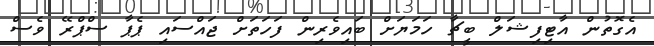
އެގޮތުން އާޓިފިޝަލް ބީޗާ ހަމަޔަށް ބައިވެރިން ފަހަތަށް ޖައްސައި ޕެޕާ ސްޕްރޭ ވެސް